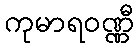
ကုမာရဝဏ္ဏီ